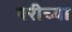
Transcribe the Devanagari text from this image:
परीच्या